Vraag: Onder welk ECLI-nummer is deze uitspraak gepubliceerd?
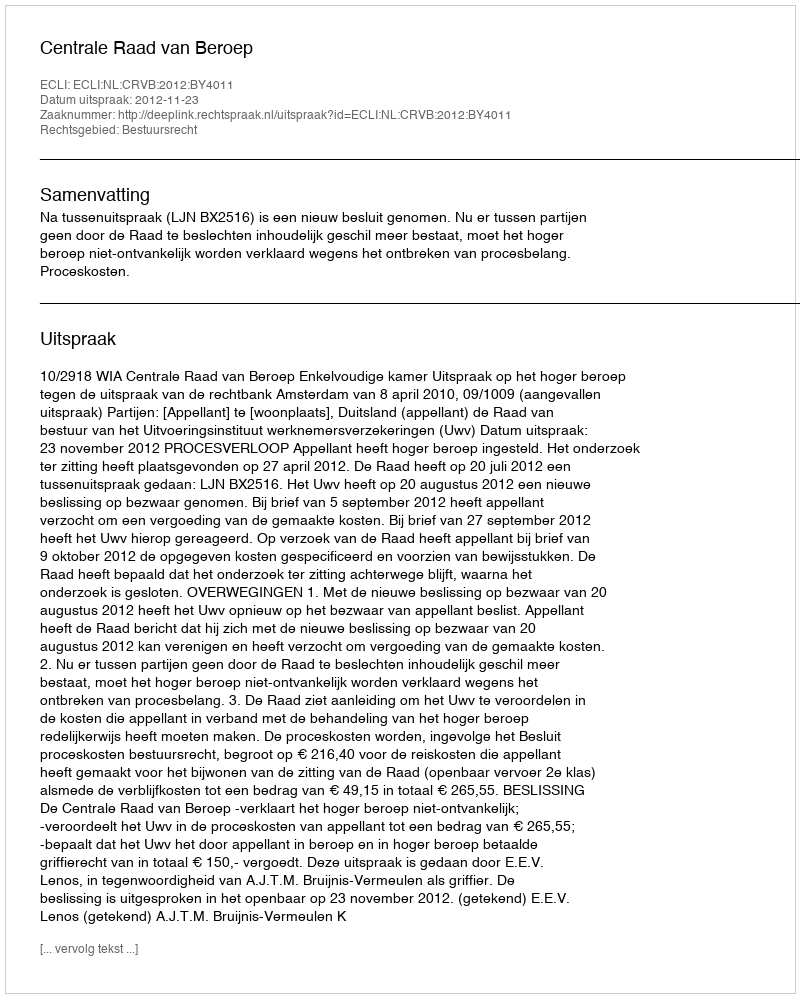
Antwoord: ECLI:NL:CRVB:2012:BY4011